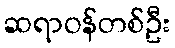
ဆရာဝန်တစ်ဦး